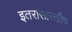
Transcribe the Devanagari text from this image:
इतरांसारखीच